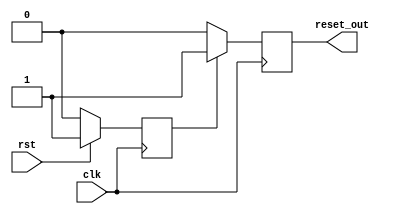
module sync_reset_detector (
    input wire clk,            // Clock signal
    input wire rst,            // Synchronous reset signal
    output reg reset_out       // Reset output signal
);

// Internal signal to hold the reset state
reg reset_state;

// Always block triggered on the rising edge of the clock
always @(posedge clk) begin
    // Capture the reset signal on the rising edge of the clock
    if (rst) begin
        reset_state <= 1'b1;  // Assert reset state if rst is high
    end else begin
        reset_state <= 1'b0;  // Deassert reset state if rst is low
    end
end

// Always block to control reset_out based on reset_state
always @(posedge clk) begin
    // Keep reset_out asserted if reset_state is high
    if (reset_state) begin
        reset_out <= 1'b1;    // Assert reset output
    end else begin
        // Deassert reset_out only when reset_state is low
        reset_out <= 1'b0;    // Deassert reset output
    end
end

endmodule